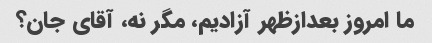
ما امروز بعدازظهر آزادیم، مگر نه، آقای جان؟